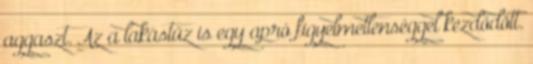
aggaszt. Az a lakástűz is egy apró figyelmetlenséggel kezdődött.